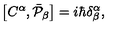
\left[ C ^ { \alpha } , \bar { { \cal P } } _ { \beta } \right] = i \hbar \delta _ { \beta } ^ { \alpha } ,